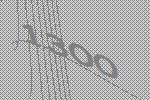
1300